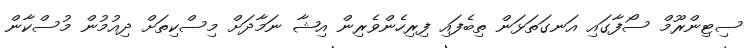
ސިޓިންރޫމް ސޯފާގައި އަނގަތަޅަން ތިބެފައި ފިރިހެންވެރިން އިޝާ ނަމާދަށް މިސްކިތަށް ދިއުމުން މުސްކާން